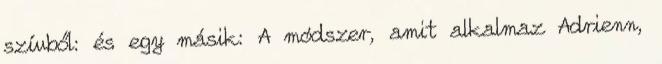
szívből: és egy másik: A módszer, amit alkalmaz Adrienn,